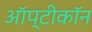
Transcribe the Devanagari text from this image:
ऑप्टीकॉन